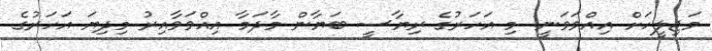
މަޖިލީހަށް އިއްވަވަނީ: މި އަހަރުގެ ރިޔާސީ ބަޔާން މާދަމާ އިއްވަވާއިރު މިދިޔަ އަހަރުގެ